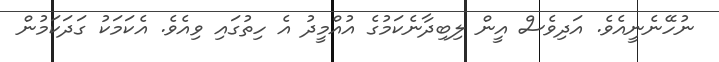
ނުހޭނެނީއެވެ. އަދިވެސް އީން ލިބިދާނެކަމުގެ އުއްމީދު އެ ހިތުގައި ވިއެވެ. އެކަމަކު ގަދަކަމުން